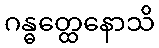
ဂန္ဓတ္ထေနောသိ